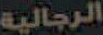
الرجالية